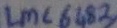
Text: LMC 6183